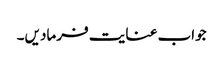
جواب عنایت فرمادیں۔